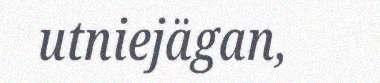
utniejägan,